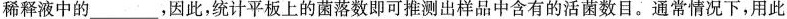
稀释液中的___，因此，统计平板上的菌落数即可推测出样品中含有的活菌数目。通常情况下，用此